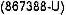
(867388-U)